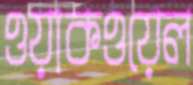
ওয়াকওয়েল